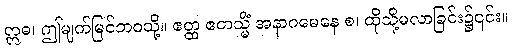
ဣဓ၊ ဤမျက်မြင်ဘဝသို့။ ဧတ္ထ ဧတသ္မိံ အနာဂမေနေ စ၊ ထိုသို့မလာခြင်း၌၎င်း။